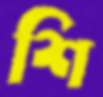
শি